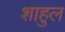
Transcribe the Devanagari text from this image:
शाहुल